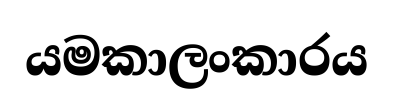
යමකාලංකාරය